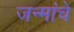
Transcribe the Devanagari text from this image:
जन्मांचे